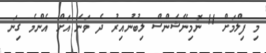
މި ފިލްމަށް 11 ނޮމިނޭޝަންސް ލިބުނުއިރު ދެ ވަނަ އަށް އެންމެ ގިނަ